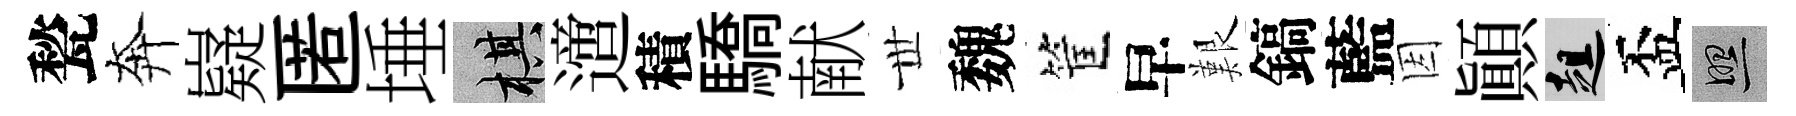
甃奔嶷匿埵棋𨗁積驕献𠀍魏筐早艱鎬藍因顚趄盃照